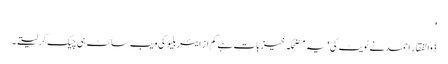
'
ذوالفقار احمد نے ٹویٹ کی 'یہ مضحکہ خیز بات ہے کم از ایئربلیو کی ویب سائٹ ہی چیک کرلیتے۔